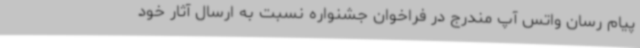
پیام رسان واتس آپ مندرج در فراخوان جشنواره نسبت به ارسال آثار خود